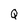
Character: Q